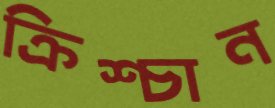
ক্রিশ্চান